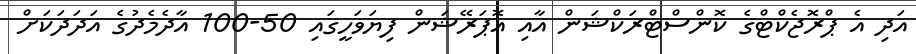
އަދި އެ ޕްރޮޖެކްޓްގެ ކޮންސްޓްރަކްޝަން އާއި އޮޕަރޭޝަން ފިޔަވަހީގައި 50-100 އާދެމެދުގެ އަދަދަކަށް